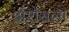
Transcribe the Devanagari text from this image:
ॲशेसला